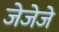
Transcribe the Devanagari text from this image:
जेजेजे